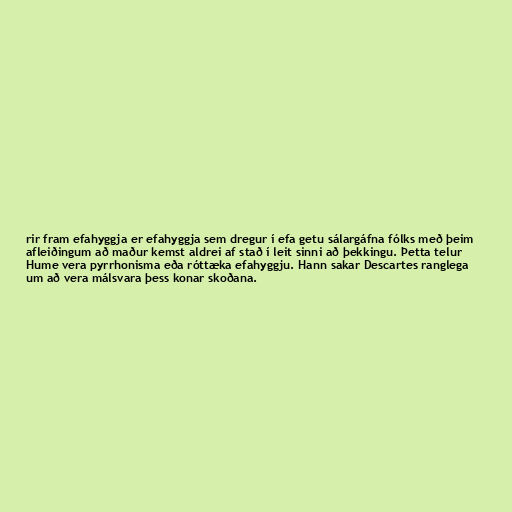
rir fram efahyggja er efahyggja sem dregur í efa getu sálargáfna fólks með þeim
afleiðingum að maður kemst aldrei af stað í leit sinni að þekkingu. Þetta telur
Hume vera pyrrhonisma eða róttæka efahyggju. Hann sakar Descartes ranglega
um að vera málsvara þess konar skoðana.